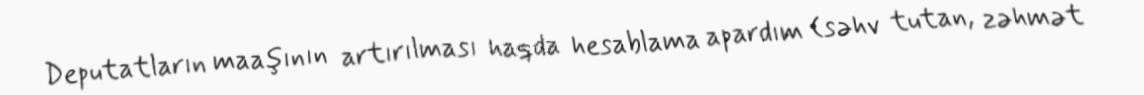
Deputatların maaşının artırılması haqda hesablama apardım (səhv tutan, zəhmət